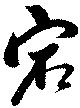
宕